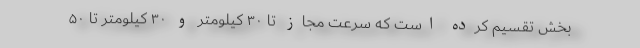
بخش تقسیم کرده است که سرعت مجاز تا ۳۰ کیلومتر و ۳۰ کیلومتر تا ۵۰